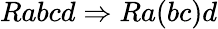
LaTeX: Rabcd\Rightarrow Ra(bc)d